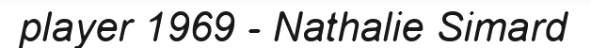
player 1969 - Nathalie Simard